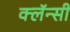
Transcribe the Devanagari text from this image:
क्लॅन्सी